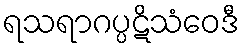
ရသရာဂပ္ပဋိသံဝေဒီ